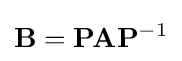
\mathbf {B} =\mathbf {P} \mathbf {A} \mathbf {P} ^{-1}